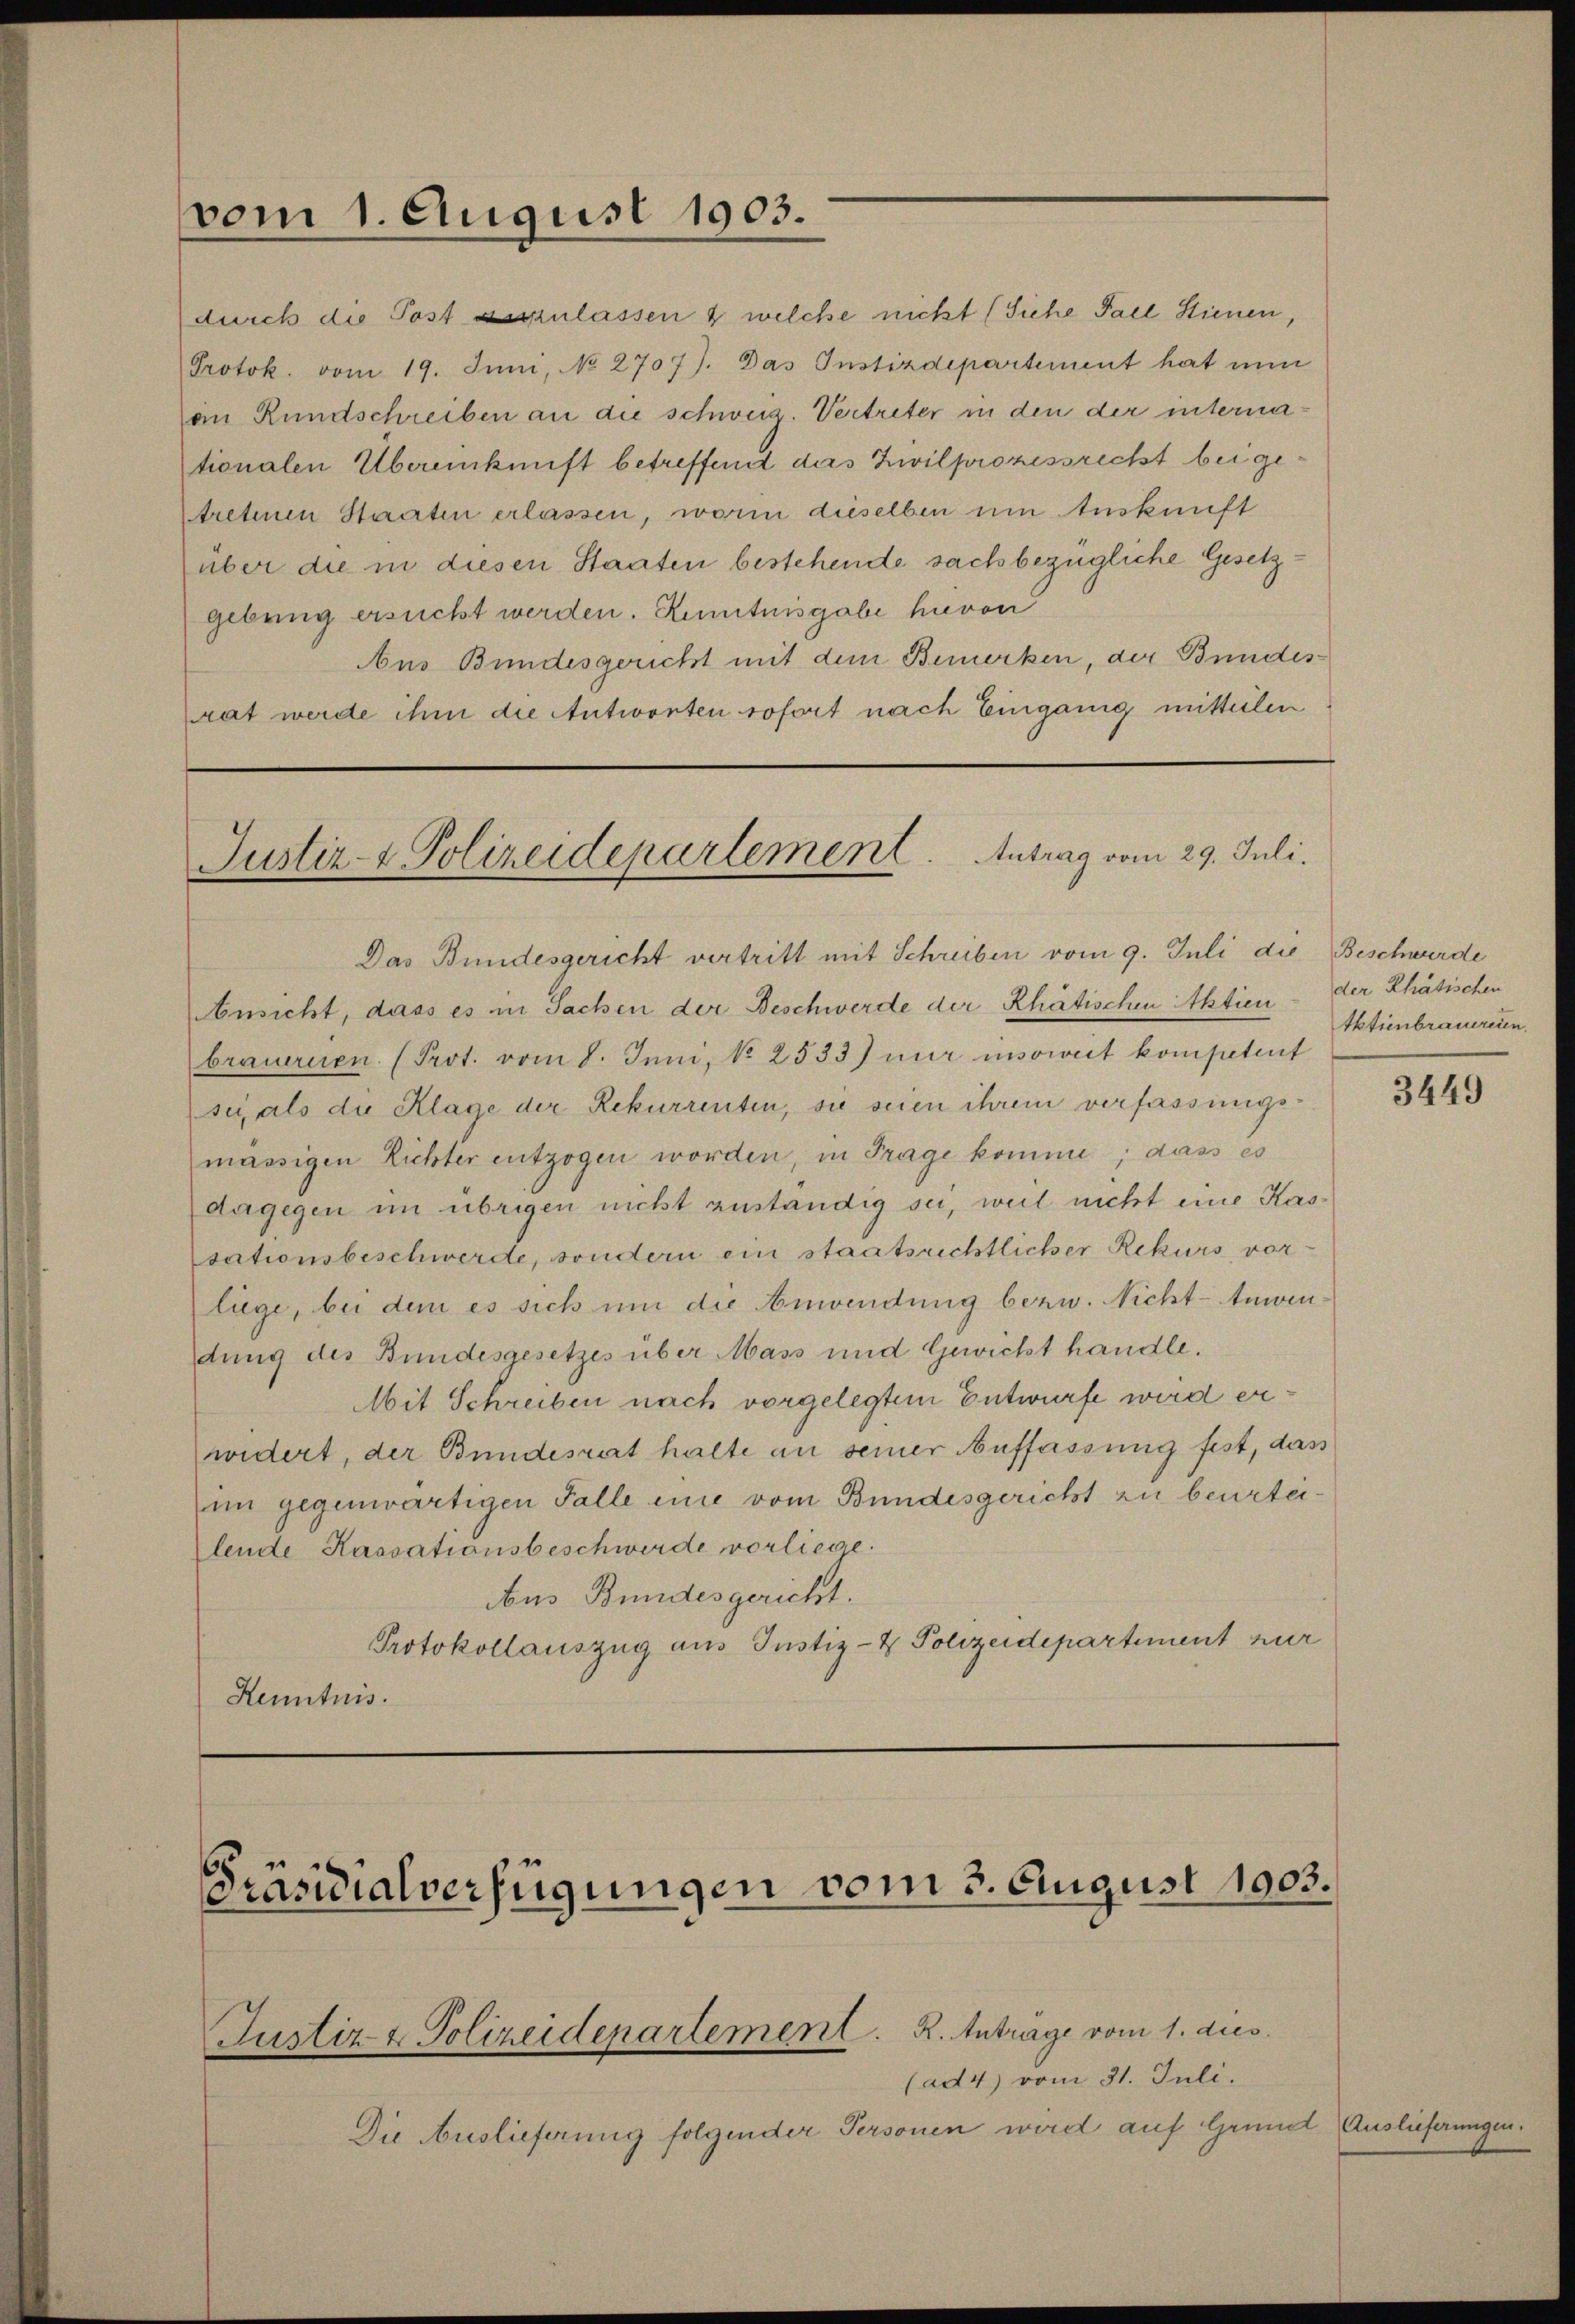
vom 1. August 1903.

durch die Post auszulassen & welche nicht (Siehe Fall Stienen,
Protok. vom 19. Juni, No 2707). Das Instizdepartement hat nun
an Rundschreiben an die schweiz. Vertreter in den der internationalen Übereinkunft betreffend das Zivilprozessricht bei getretiren Staaten erlassen, worin dieselben um Auskunft
über die in diesen Staaten bestehende sachbezügliche Gesetzgebung ersucht werden. Kenntnisgabe hievon
Aus Bundesgericht mit dem Bemerken, der Bundesrat werde ihm die Antworten sofort nach Eingang mitteilen

Justiz- & Polizeidepartement. Antrag vom 29. Juli.

Das Bundesgericht vertritt mit Schreiben vom 9. Juli die Beschwerde
Ansicht, dass es in Sachen der Beschwerde der Rhätischen Aktien
brauernen (Prot. vom 8. Juni, No 2533) nur insoweit kompetent
sei als die Klage der Rekurrenten, sie seien ihrem verfassungsmässigen Richter entzogen worden, in Frage komme; dass es
dagegen im übrigen nicht zuständig sei, weil nicht eine Kassationsbeschwerde, sondern ein staatsrichtlicher Rekurs vor
liege, bei dem es sich um die Anwendung bezw. Nicht-tuwendung des Bundesgesetzes über Mass und Gewicht handle.
Mit Schreiben nach vorgelegtem Entwurfe wird erwidert, der Bundesrat halte an seiner Auffassung fest, das
im gegenwärtigen Falle eine vom Bundesgericht zu beurteilende Kassationsbeschwerde vorliege.
Aus Bundesgericht.
Protokollauszug aus Justiz- & Polizeidepartement zur
Kenntnis.

Präsidialverfügungen vom 3. August 1903.

Justiz & Polizeidepartement. R. Anträge vom 1. dies

(ad 4) vom 31. Juli.
Die Auslieferung folgender Personen wird auf Grund Auslieferungen

der Rhätischen
tktienbrauerein.

3449